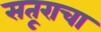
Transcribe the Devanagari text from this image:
सतूराचा